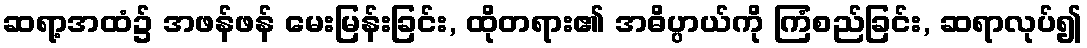
ဆရာ့အထံ၌ အဖန်ဖန် မေးမြန်းခြင်း, ထိုတရား၏ အဓိပ္ပာယ်ကို ကြံစည်ခြင်း, ဆရာလုပ်၍